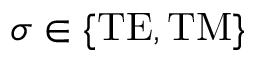
\sigma \in \{ \mathrm { T E } , \mathrm { T M } \}